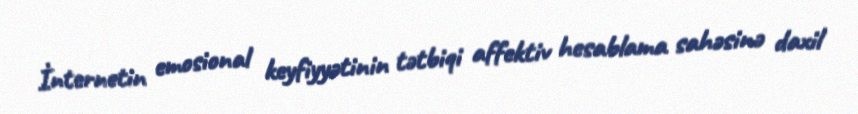
İnternetin emosional keyfiyyətinin tətbiqi affektiv hesablama sahəsinə daxil